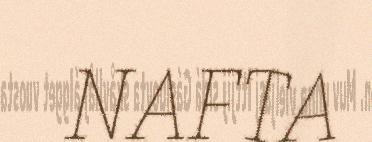
NAFTA